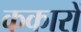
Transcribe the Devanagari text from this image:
ककारों